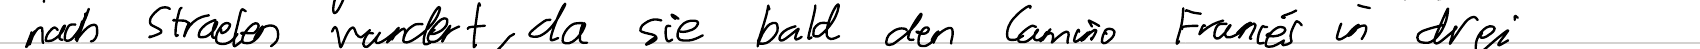
nach Straelen wundert, da sie bald den Camino Frances in drei